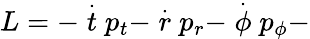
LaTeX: L=-\stackrel{.}{t}p_{t}-\stackrel{.}{r}p_{r}-\stackrel{.}{\phi}p_{\phi}-